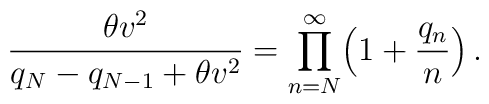
\displaystyle{\frac{\theta v^{2}}{q_{N}-q_{N-1}+\theta v^{2}}=\prod_{n=N}^{\infty}\Bigl(1+\frac{q_{n}}{n}\Bigr)}\,.